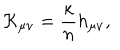
{ \cal K } _ { \mu \nu } = { \frac { \kappa } { n } } h _ { \mu \nu } ,